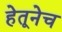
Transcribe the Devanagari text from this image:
हेतूनेच